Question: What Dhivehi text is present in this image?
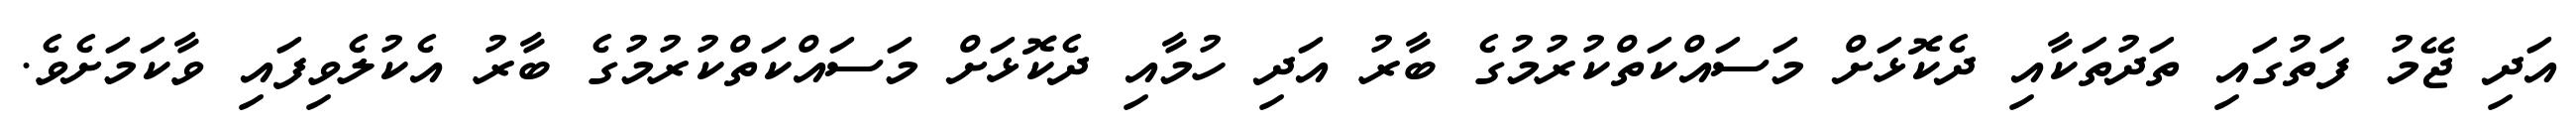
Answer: އަދި ޖޭމު ފަތުގައި ތަދުތަކާއި ދެކޮޅަށް މަސައްކަތްކުރުމުގެ ބާރު އަދި ހުމާއި ދެކޮޅަށް މަސައްކަތްކުރުމުގެ ބާރު އެކުލެވިފައި ވާކަމަށެވެ.